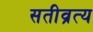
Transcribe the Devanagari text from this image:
सतीव्रत्य